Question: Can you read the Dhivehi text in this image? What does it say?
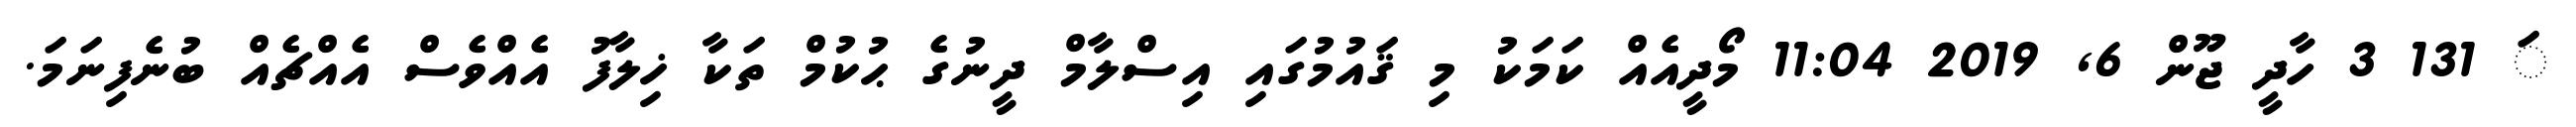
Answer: ަ 131 3 ހާދީ ޖޫން 6, 2019 11:04 މޯދީއެއް ކަމަކު މި ޤައުމުގައި އިސްލާމް ދީނުގެ ޙުކުމް ތަކާ ޚިލާފު އެއްވެސް އެއްޗެއް ބުނެފިނަމަ.